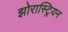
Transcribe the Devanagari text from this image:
झोरास्ट्रियन